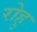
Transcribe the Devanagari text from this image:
रोहु